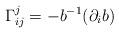
LaTeX: \begin{align*}\Gamma_{ij}^j=-b^{-1}(\partial_ib)\end{align*}